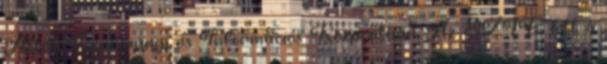
Attila Tanulmányi és Információs Központban. Az SZTE lett a